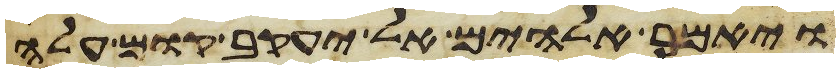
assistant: ויאמר אלהים אל יעקב קום עלה